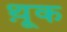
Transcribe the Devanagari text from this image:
थ़ूक